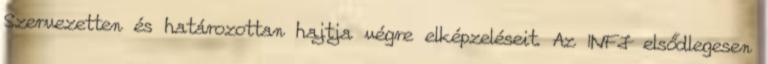
Szervezetten és határozottan hajtja végre elképzeléseit. Az INFJ elsődlegesen